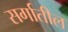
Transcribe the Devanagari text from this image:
सर्गातील